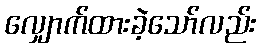
လျှောက်ထားခဲ့သော်လည်း